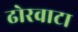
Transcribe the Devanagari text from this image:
ढोरवाटा